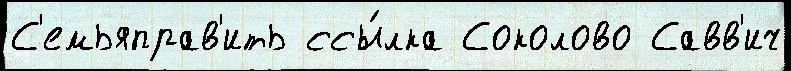
С'емьяправ'ить ссы́лка Соколово Савв'ич